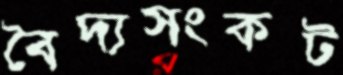
বৈদ্যসংকট